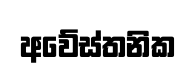
අවේස්තනික